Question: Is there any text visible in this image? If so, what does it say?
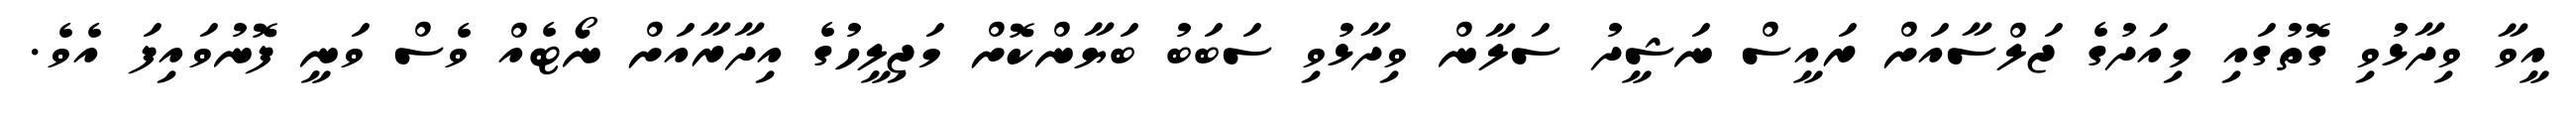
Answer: އީވާ ވިދާޅުވި ގޮތުގައި މިއަދުގެ ޖަލްސާއަށް ރައީސް ނަޝީދު ސަލާން ވިދާޅުވި ސަބަބު ބަޔާންކޮށް މަޖިލީހުގެ އިދާރާއަށް ނޯޓެއް ވެސް ވަނީ ފޮނުވައިފަ އެވެ.